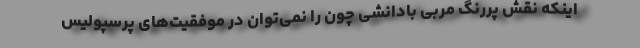
اینکه نقش پررنگ مربی با‌دانشی چون را نمی‌توان در موفقیت‌های پرسپولیس